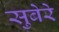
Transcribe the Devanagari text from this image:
सुबेरे